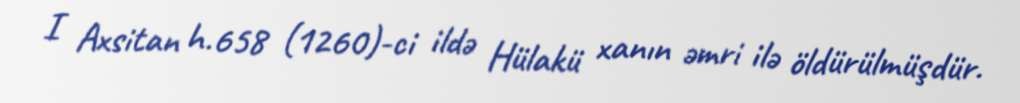
I Axsitan h.658 (1260)-ci ildə Hülakü xanın əmri ilə öldürülmüşdür.